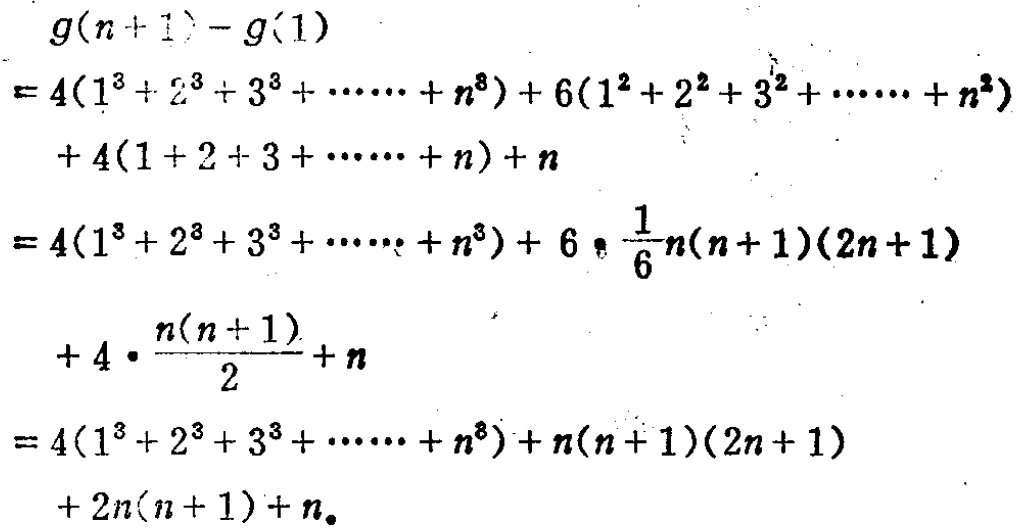
\begin{align*}
&g(n + 1)-g(1)\\
=&4(1^{3}+2^{3}+3^{3}+\cdots +n^{3})+6(1^{2}+2^{2}+3^{2}+\cdots +n^{2})\\
&\quad+4(1 + 2+3+\cdots +n)+n\\
=&4(1^{3}+2^{3}+3^{3}+\cdots +n^{3})+6\cdot\frac{1}{6}n(n + 1)(2n + 1)\\
&\quad+4\cdot\frac{n(n + 1)}{2}+n\\
=&4(1^{3}+2^{3}+3^{3}+\cdots +n^{3})+n(n + 1)(2n + 1)\\
&\quad+2n(n + 1)+n.
\end{align*}